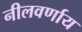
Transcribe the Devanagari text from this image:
नीलवर्णाय